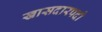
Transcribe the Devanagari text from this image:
खासदारपदी